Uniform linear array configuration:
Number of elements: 4
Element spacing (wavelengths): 1
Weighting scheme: blackman
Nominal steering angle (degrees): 30
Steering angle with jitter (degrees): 30.36
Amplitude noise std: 0.05
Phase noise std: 0.05

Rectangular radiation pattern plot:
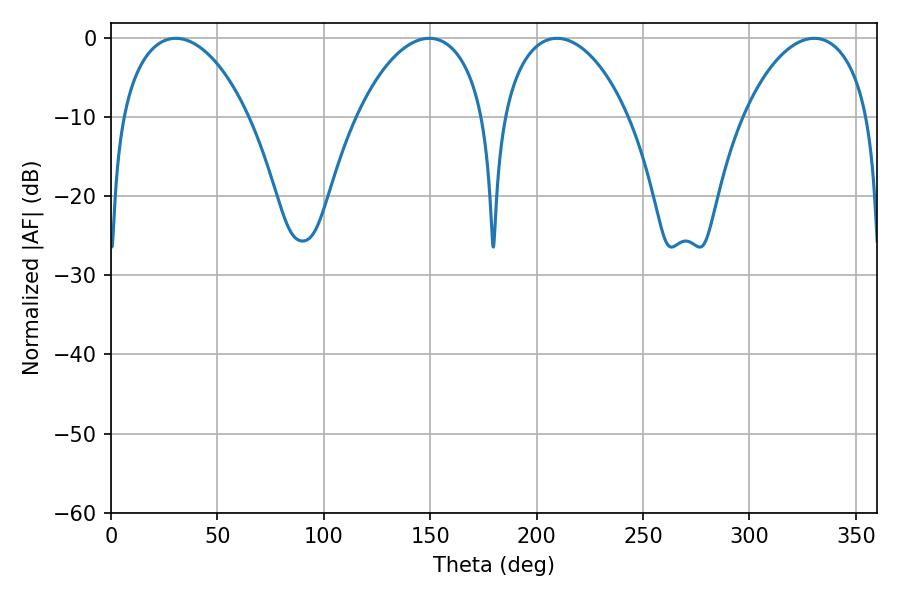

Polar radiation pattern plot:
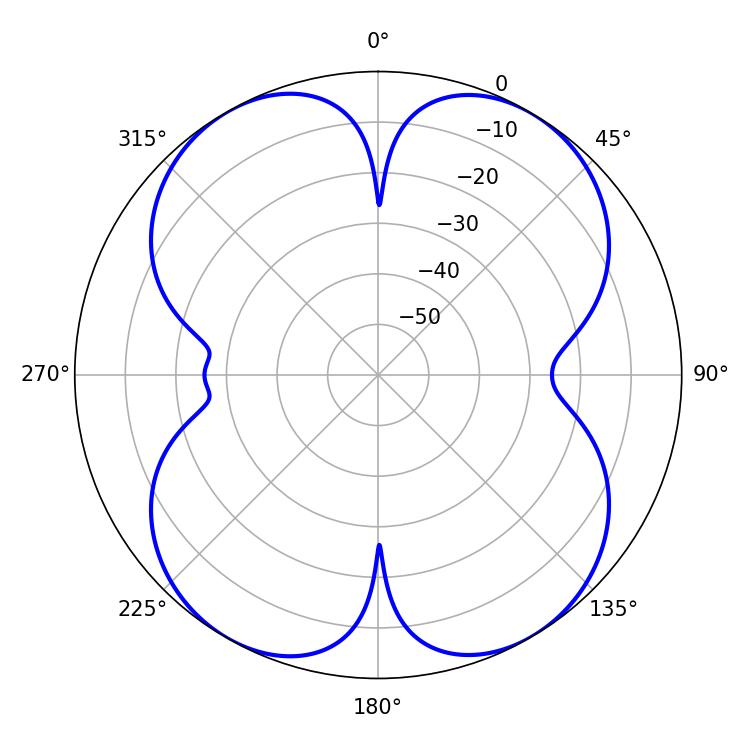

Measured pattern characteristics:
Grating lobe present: TRUE
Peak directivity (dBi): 18.548
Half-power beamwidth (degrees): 34.2
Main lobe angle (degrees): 30.42